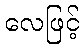
လေဖြင့်